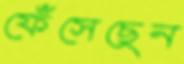
ফেঁসেছেন